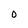
Character: 0